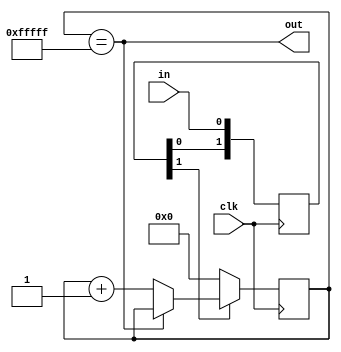
`timescale 1ns / 1ps
module debounce(
    input      clk,
    input      in,
    output     out
);
	reg [19:0] ctr_d;
	reg [19:0] ctr_q;
	reg [1:0]  sync_d;
	reg [1:0]  sync_q;
 
	assign out = ctr_q == {20{1'b1}};
 
	always @(*)
	begin
		sync_d[0] = in;
		sync_d[1] = sync_q[0];
		ctr_d     = ctr_q + 1'b1;
 
		if (ctr_q == {20{1'b1}})
		begin
			ctr_d = ctr_q;
		end
 
		if (!sync_q[1])
		begin
			ctr_d = 20'd0;
		end
	end
 
	always @(posedge clk)
	begin
		ctr_q  <= ctr_d;
		sync_q <= sync_d;
	end
endmodule